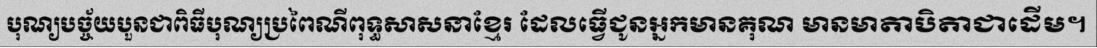
បុណ្យបច្ច័យបួនជាពិធីបុណ្យប្រពៃណីពុទ្ធសាសនាខ្មែរ ដែលធ្វើជូនអ្នកមានគុណ មានមាតាបិតាជាដើម។